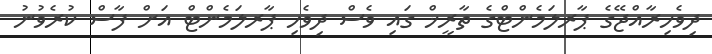
ދިވެހިރާއްޖޭގެ ޕާރލަމެންޓްގެ ތާރީޚް ގައި ވެސް ދިވެހި ޕާރލަމެންޓް އަށް ފާސް ކުރެވުނު